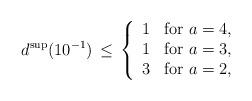
LaTeX: \begin{align*}d^{\rm sup}(10^{-1})\,\leq\,\left\{\begin{array}{ll}1&\mbox{for\ }a=4,\\1&\mbox{for\ }a=3,\\3&\mbox{for\ }a=2,\end{array}\right.\end{align*}